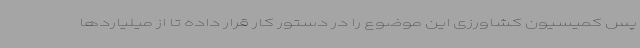
پس کمیسیون کشاورزی این موضوع را در دستور کار قرار داده تا از میلیاردها